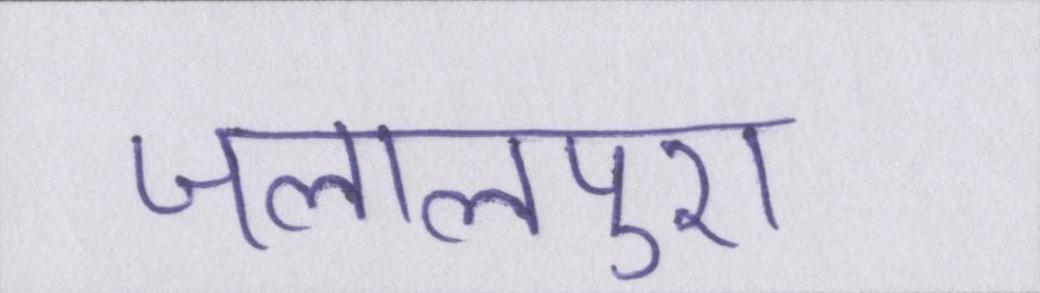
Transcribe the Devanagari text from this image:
जलालपुरा